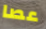
عصا